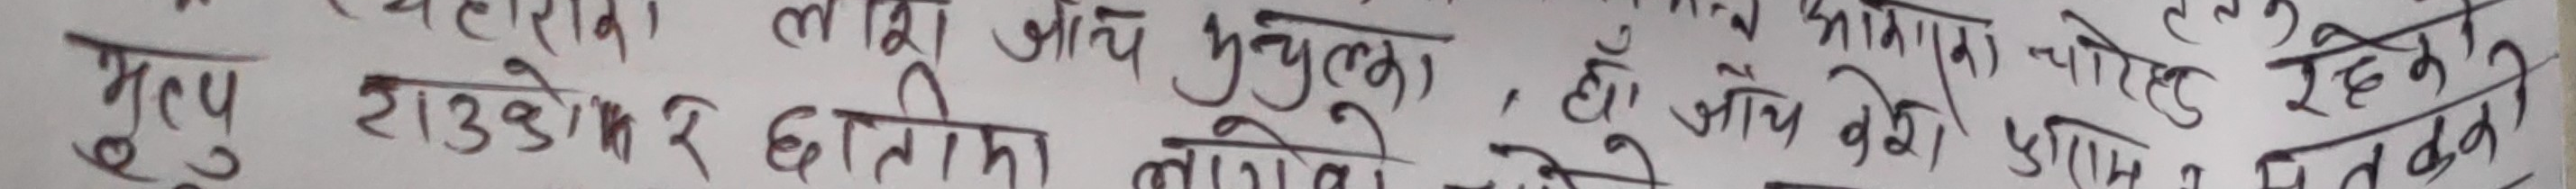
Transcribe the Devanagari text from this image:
लखि अझ मृत्युका
गुरु राउडोको गतिमा लाग्ने हो, तो अझ वैश्यमा चौरोट रहेछ।